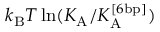
k _ { \mathrm { B } } T \ln ( K _ { \mathrm { A } } / K _ { \mathrm { A } } ^ { [ 6 \mathrm { b p } ] } )